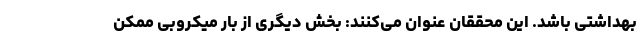
بهداشتی باشد. این محققان عنوان می‌کنند: بخش دیگری از بار میکروبی ممکن